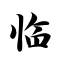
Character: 临